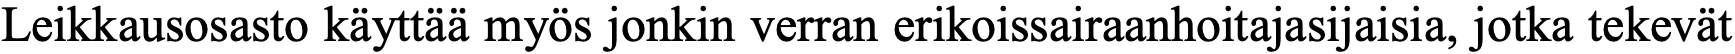
Leikkausosasto käyttää myös jonkin verran erikoissairaanhoitajasijaisia, jotka tekevät